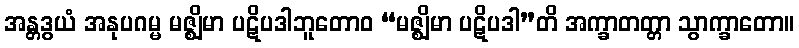
အန္တဒွယံ အနုပဂမ္မ မဇ္ဈိမာ ပဋိပဒါဘူတောဝ “မဇ္ဈိမာ ပဋိပဒါ”တိ အက္ခာတတ္တာ သွာက္ခာတော။